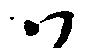
ハ